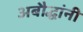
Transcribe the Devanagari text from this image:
अबौद्धांनी